Triennial report on the lunatic asylums in the province of Eastern Bengal and Assam - 1903-1911
Year: 1903
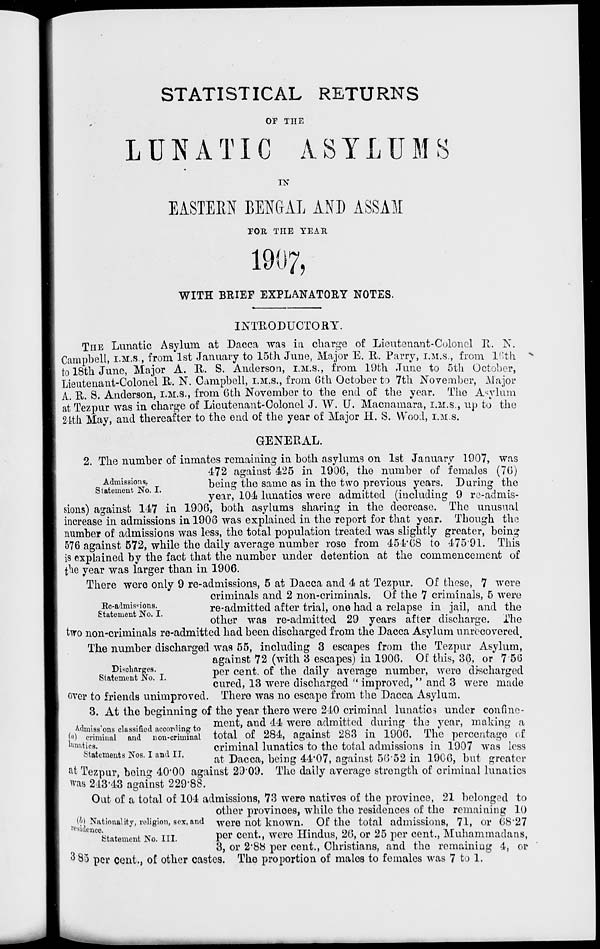
STATISTICAL RETURNS
OF THE
LUNATIC ASYLUMS
IN
EASTERN BENGAL AND ASSAM
FOR THE YEAR
1907,
WITH BRIEF EXPLANATORY NOTES.
INTRODUCTORY.
THE Lunatic Asylum at Dacca was in charge of Lieutenant-Colonel It. N.
Campbell, I.M.S., from 1st January to 15th June, Major E. R. Parry, I.M.S., from 16th
to 18th June, Major A. R. S. Anderson, I.M.S., from 19th June to 5th October,
Lieutenant-Colonel R. N. Campbell, I.M.S., from 6th October to 7th November, Major
A. R. S. Anderson, I.M.S., from 6th November to the end of the year. The Asylum
at Tezpur was in charge of Lieutenant-Colonel J. W. U. Macnamara, I.M.S., up to the
24th May, and thereafter to the end of the year of Major H. S. Wood, I.M.S.
GENERAL.
Admissions.
Statement No. I.
2. The number of inmates remaining in both asylums on 1st January 1907, was
472 against 425 in 1906, the number of females (76)
being the same as in the two previous years. During the
year, 104 lunatics were admitted (including 9 re-admis-
sions) against 147 in 1906, both asylums sharing in the decrease. The unusual
increase in admissions in 1906 was explained in the report for that year. Though the
number of admissions was less, the total population treated was slightly greater, being
576 against 572, while the daily average number rose from 454.68 to 475.91. This
is explained by the fact that the number under detention at the commencement of
the year was larger than in 1906.
Re-admissions.
Statement No. I.
There were only 9 re-admissions, 5 at Dacca and 4 at Tezpur. Of these, 7 were
criminals and 2 non-criminals. Of the 7 criminals, 5 were
re-admitted after trial, one had a relapse in jail, and the
other was re-admitted 29 years after discharge. The
two non-criminals re-admitted had been discharged from the Dacca Asylum unrecovered
Discharges.
Statement No. I.
The number discharged was 55, including 3 escapes from the Tezpur Asylum,
against 72 (with 3 escapes) in 1906. Of this, 36, or 7.56
per cent. of the daily average number, were discharged
cured, 13 were discharged " improved, " and 3 were made
over to friends unimproved. There was no escape from the Dacca Asylum.
Admissions classified according to
(a) criminal and non-criminal
lunatics.
Statements Nos. I and II.
3. At the beginning of the year there were 240 criminal lunatics under confine-
ment, and 44 were admitted during the year, making a
total of 284, against 283 in 1906. The percentage of
criminal lunatics to the total admissions in 1907 was less
at Dacca, being 44.07, against 56.52 in 1906. but greater
at Tezpur, being 40.00 against 29.09. The daily average strength of criminal lunatics
was 243.43 against 229.88.
(b) Nationality, religion, sex, and
residence.
Statement No. III.
Out of a total of 104 admissions, 73 were natives of the province, 21 belonged to
other provinces, while the residences of the remaining 10
were not known. Of the total admissions, 71, or 68.27
per cent., were Hindus, 26, or 25 per cent., Muhammadans,
3, or 2.88 per cent., Christians, and the remaining 4, or
3.85 per cent., of other castes. The proportion of males to females was 7 to 1.